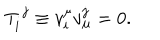
LaTeX: T _ { i } ^ { ~ j } \equiv v _ { i } ^ { \mu } v _ { \mu } ^ { j } = 0 .